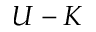
U - K